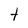
Character: t